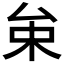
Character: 𠫩